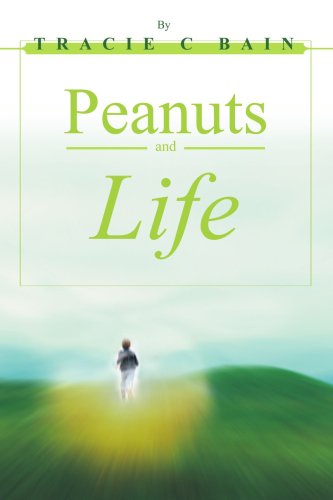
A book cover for Peanuts and Life; Tracie Bain; Teen & Young Adult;